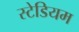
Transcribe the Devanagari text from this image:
स्‍टेडियम